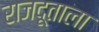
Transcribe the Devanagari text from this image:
राजदूताला